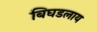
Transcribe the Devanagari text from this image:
बिघडलाय